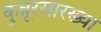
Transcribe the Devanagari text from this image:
कुन्नूरसारख्या